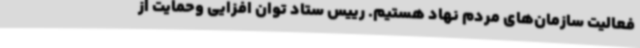
فعالیت سازمان‌های مردم نهاد هستیم. رییس ستاد توان افزایی وحمایت از